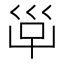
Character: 𡿹